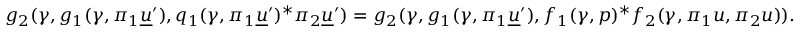
g _ { 2 } ( \gamma , g _ { 1 } ( \gamma , \pi _ { 1 } \underline { { u } } ^ { \prime } ) , q _ { 1 } ( \gamma , \pi _ { 1 } \underline { { u } } ^ { \prime } ) ^ { * } \pi _ { 2 } \underline { { u } } ^ { \prime } ) = g _ { 2 } ( \gamma , g _ { 1 } ( \gamma , \pi _ { 1 } \underline { { u } } ^ { \prime } ) , f _ { 1 } ( \gamma , p ) ^ { * } f _ { 2 } ( \gamma , \pi _ { 1 } u , \pi _ { 2 } u ) ) .